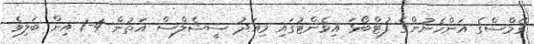
ގޭމްސްގެ އަންހެނުންގެ ފުޓްބޯޅަ އިވެންޓުގައި މިއަދު ސީޝެލްސް އަތުން 4-1 އިން ބަލިވެ